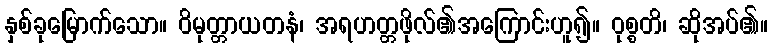
နှစ်ခုမြောက်သော။ ဝိမုတ္တာယတနံ၊ အရဟတ္တဖိုလ်၏အကြောင်းဟူ၍။ ဝုစ္စတိ၊ ဆိုအပ်၏။